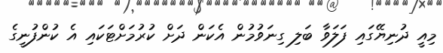
މިއީ ދުނިޔޭގައި ފަލަވާ ބަލި ގިނަވުމުން އެކަން ދަށް ކުރުމަށްޓަކައި އެ ކުންފުނީގެ